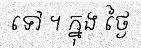
ទៅ ។ ក្នុង ថ្ងៃ